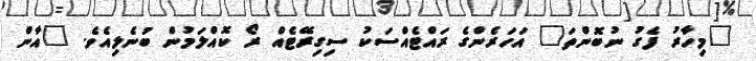
"މިހާރު ފެގު ނުބޮންތަ" އަހަރެންގެ ރައްޓެއްސަކު ސިގިރޭޓެއް ރޯ ކޮއްލަމުން ބުނެލިއެވެ. "އާން